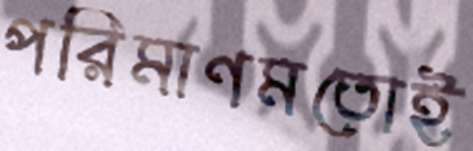
পরিমাণমতোই